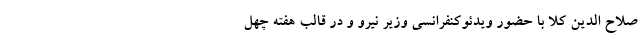
صلاح الدین کلا با حضور ویدئوکنفرانسی وزیر نیرو و در قالب هفته چهل